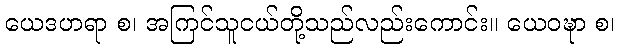
ယေဒဟရာ စ၊ အကြင်သူငယ်တို့သည်လည်းကောင်း။ ယေဝဍ္ဎာ စ၊